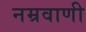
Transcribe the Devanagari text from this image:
नम्रवाणी